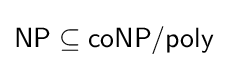
{\textsf {NP}}\subseteq {\textsf {coNP/poly}}